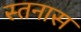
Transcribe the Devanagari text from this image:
स्तनास